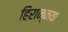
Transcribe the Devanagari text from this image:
हिरान्नया